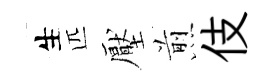
生匹壓煎伎